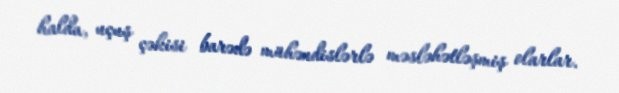
halda, uçuş çəkisi barədə mühəndislərlə məsləhətləşmiş olarlar.